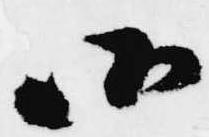
候